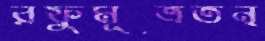
রফুমূত্রতন্